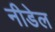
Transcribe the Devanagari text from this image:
नीडेल